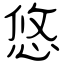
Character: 悠